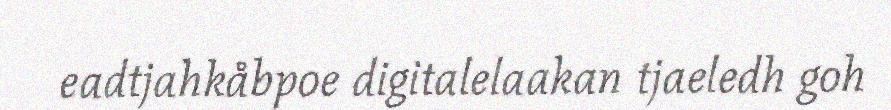
eadtjahkåbpoe digitalelaakan tjaeledh goh